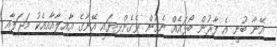
އޭނާ ބުނީ އެ ފާރުން ބޯޅައެއް ނެގުން ވެގެންދިޔައީ އޭނާގެ އާއިލާއާއިއެކު މަޖަލާއި